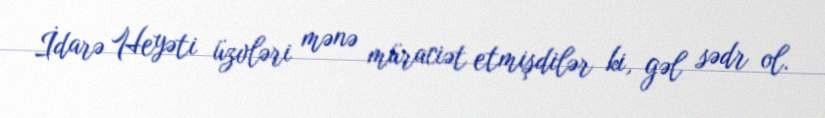
İdarə Heyəti üzvləri mənə müraciət etmişdilər ki, gəl sədr ol.